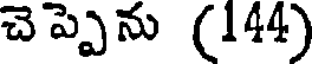
చెప్పెను (144)